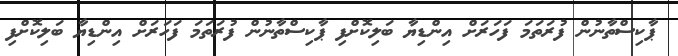
ޕާކިސްތާނުން ފުރަތަމަ ފަހަރަށް އިންޑިޔާ ބަލިކޮށްފި ޕާކިސްތާނުން ފުރަތަމަ ފަހަރަށް އިންޑިޔާ ބަލިކޮށްފި